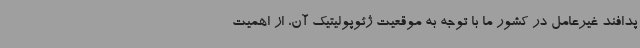
پدافند غیرعامل در کشور ما با توجه به موقعیت ژئوپولیتیک آن، از اهمیت